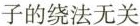
子的绕法无关